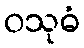
ဝသုဓံ